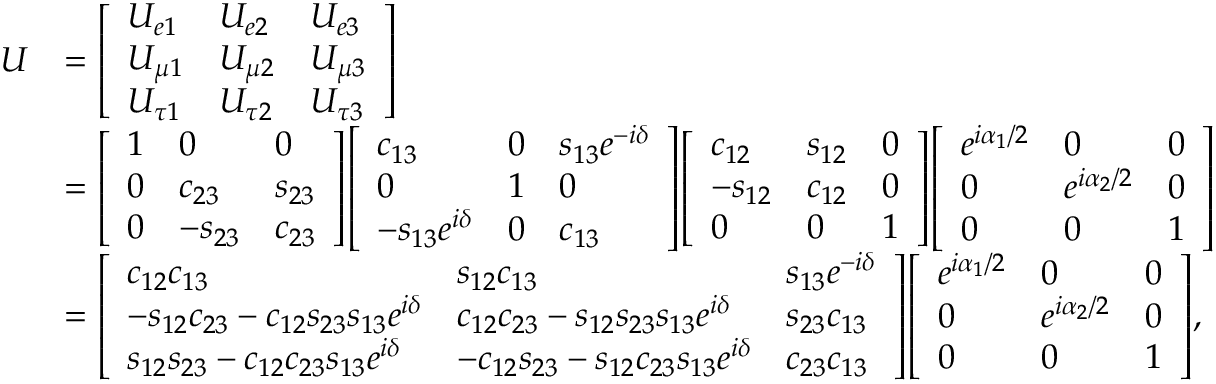
{ \begin{array} { r l } { U } & { = { \left[ \begin{array} { l l l } { U _ { e 1 } } & { U _ { e 2 } } & { U _ { e 3 } } \\ { U _ { \mu 1 } } & { U _ { \mu 2 } } & { U _ { \mu 3 } } \\ { U _ { \tau 1 } } & { U _ { \tau 2 } } & { U _ { \tau 3 } } \end{array} \right] } } \\ & { = { \left[ \begin{array} { l l l } { 1 } & { 0 } & { 0 } \\ { 0 } & { c _ { 2 3 } } & { s _ { 2 3 } } \\ { 0 } & { - s _ { 2 3 } } & { c _ { 2 3 } } \end{array} \right] } { \left[ \begin{array} { l l l } { c _ { 1 3 } } & { 0 } & { s _ { 1 3 } e ^ { - i \delta } } \\ { 0 } & { 1 } & { 0 } \\ { - s _ { 1 3 } e ^ { i \delta } } & { 0 } & { c _ { 1 3 } } \end{array} \right] } { \left[ \begin{array} { l l l } { c _ { 1 2 } } & { s _ { 1 2 } } & { 0 } \\ { - s _ { 1 2 } } & { c _ { 1 2 } } & { 0 } \\ { 0 } & { 0 } & { 1 } \end{array} \right] } { \left[ \begin{array} { l l l } { e ^ { i \alpha _ { 1 } / 2 } } & { 0 } & { 0 } \\ { 0 } & { e ^ { i \alpha _ { 2 } / 2 } } & { 0 } \\ { 0 } & { 0 } & { 1 } \end{array} \right] } } \\ & { = { \left[ \begin{array} { l l l } { c _ { 1 2 } c _ { 1 3 } } & { s _ { 1 2 } c _ { 1 3 } } & { s _ { 1 3 } e ^ { - i \delta } } \\ { - s _ { 1 2 } c _ { 2 3 } - c _ { 1 2 } s _ { 2 3 } s _ { 1 3 } e ^ { i \delta } } & { c _ { 1 2 } c _ { 2 3 } - s _ { 1 2 } s _ { 2 3 } s _ { 1 3 } e ^ { i \delta } } & { s _ { 2 3 } c _ { 1 3 } } \\ { s _ { 1 2 } s _ { 2 3 } - c _ { 1 2 } c _ { 2 3 } s _ { 1 3 } e ^ { i \delta } } & { - c _ { 1 2 } s _ { 2 3 } - s _ { 1 2 } c _ { 2 3 } s _ { 1 3 } e ^ { i \delta } } & { c _ { 2 3 } c _ { 1 3 } } \end{array} \right] } { \left[ \begin{array} { l l l } { e ^ { i \alpha _ { 1 } / 2 } } & { 0 } & { 0 } \\ { 0 } & { e ^ { i \alpha _ { 2 } / 2 } } & { 0 } \\ { 0 } & { 0 } & { 1 } \end{array} \right] } , } \end{array} }